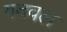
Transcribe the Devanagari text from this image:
गदवल